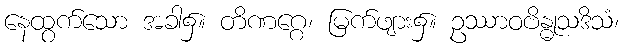
နေထွက်သော အခါ၌။ တိဏဂ္ဂေ၊ မြက်ဖျား၌။ ဥဿာဝဗိန္ဓုသဒိသံ၊